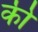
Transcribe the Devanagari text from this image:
की